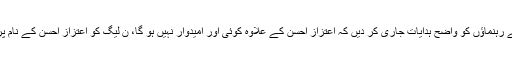
آصف علی زرداری نے رہنماؤں کو واضح ہدایات جاری کر دیں کہ اعتزاز احسن کے علاوہ کوئی اور امیدوار نہیں ہو گا، ن لیگ کو اعتزاز احسن کے نام پر ہی راضی کیا جائے۔